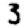
Digit: 3